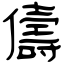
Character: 儔